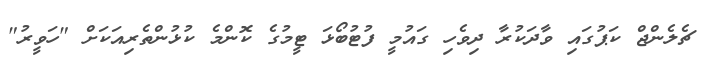
ޗެލެންޖް ކަޕުގައި ވާދަކުރާ ދިވެހި ގައުމީ ފުޓުބޯޅަ ޓީމުގެ ކޮންމެ ކުޅުންތެރިއަކަށް "ހަވީރު"